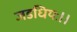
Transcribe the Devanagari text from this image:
जडधियः।।